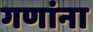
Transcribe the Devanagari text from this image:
गणांना